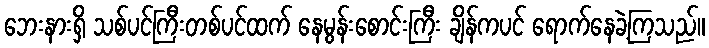
ဘေးနားရှိ သစ်ပင်ကြီးတစ်ပင်ထက် နေမွန်းစောင်းကြီး ချိန်ကပင် ရောက်နေခဲ့ကြသည်။